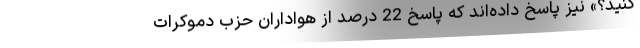
‌کنید؟» نیز پاسخ داده‌اند که پاسخ 22 درصد از هواداران حزب دموکرات